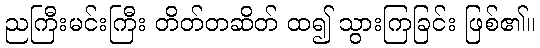
ညကြီးမင်းကြီး တိတ်တဆိတ် ထ၍ သွားကြခြင်း ဖြစ်၏။